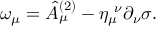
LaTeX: \omega _ { \mu } = \hat { A } _ { \mu } ^ { ( 2 ) } - \eta _ { \mu } ^ { ~ \nu } \partial _ { \nu } \sigma .